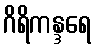
ဂိရိကန္ဒရေ